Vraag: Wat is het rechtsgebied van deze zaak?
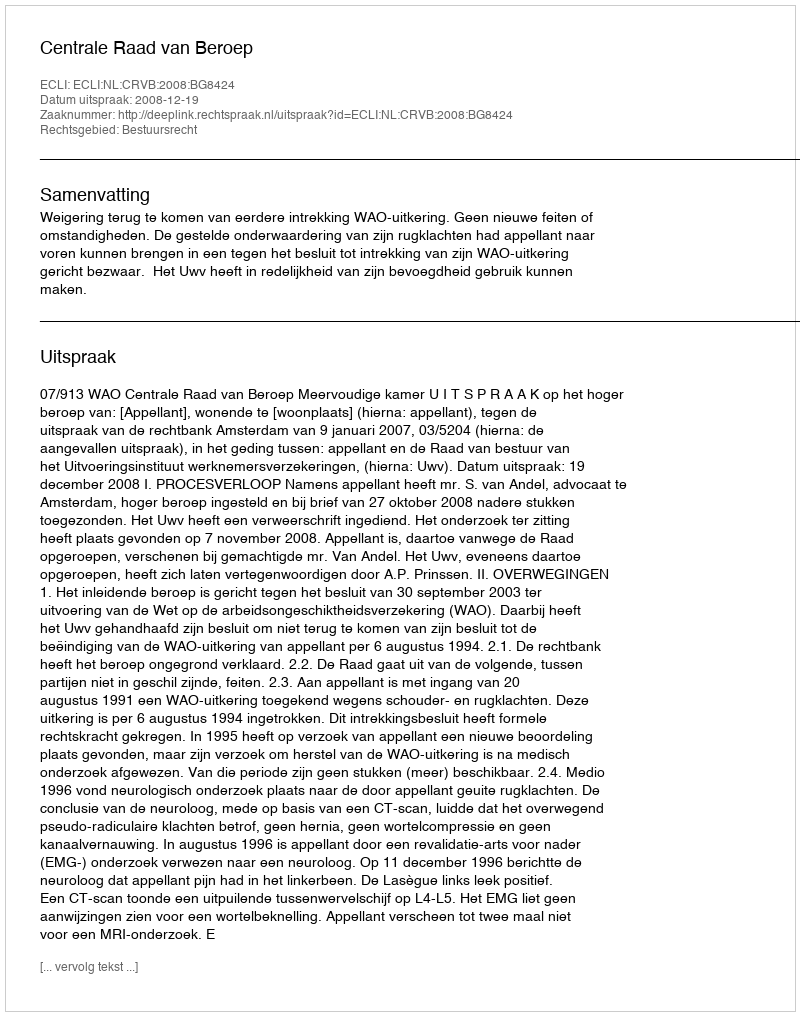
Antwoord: Bestuursrecht